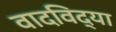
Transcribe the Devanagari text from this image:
वादविद्या